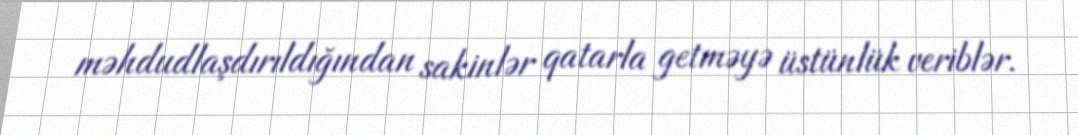
məhdudlaşdırıldığından sakinlər qatarla getməyə üstünlük veriblər.